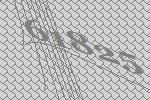
61825